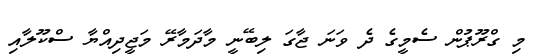
މި ގްރޫޕުން ސެމީގެ ދެ ވަނަ ޖާގަ ލިބޭނީ މާދަމާރޭ މަޖީދިއްޔާ ސްކޫލާއި